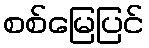
စစ်မြေပြင်